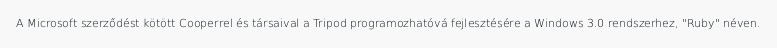
A Microsoft szerződést kötött Cooperrel és társaival a Tripod programozhatóvá fejlesztésére a Windows 3.0 rendszerhez, "Ruby" néven.